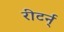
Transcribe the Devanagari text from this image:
रीटर्न्